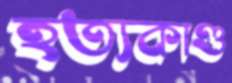
হত্যকাণ্ড